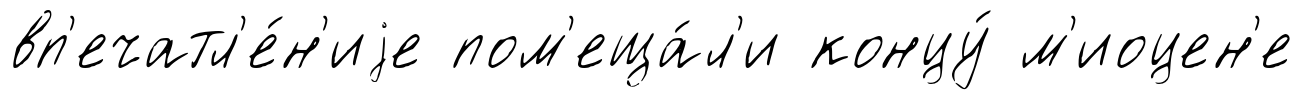
вп'ечатл'е́н'иjе пом'еща́л'и концу́ м'иоцен'е